Report of the Indian Hemp Drugs Commission, 1894-1895 - Volume III
Year: 1894
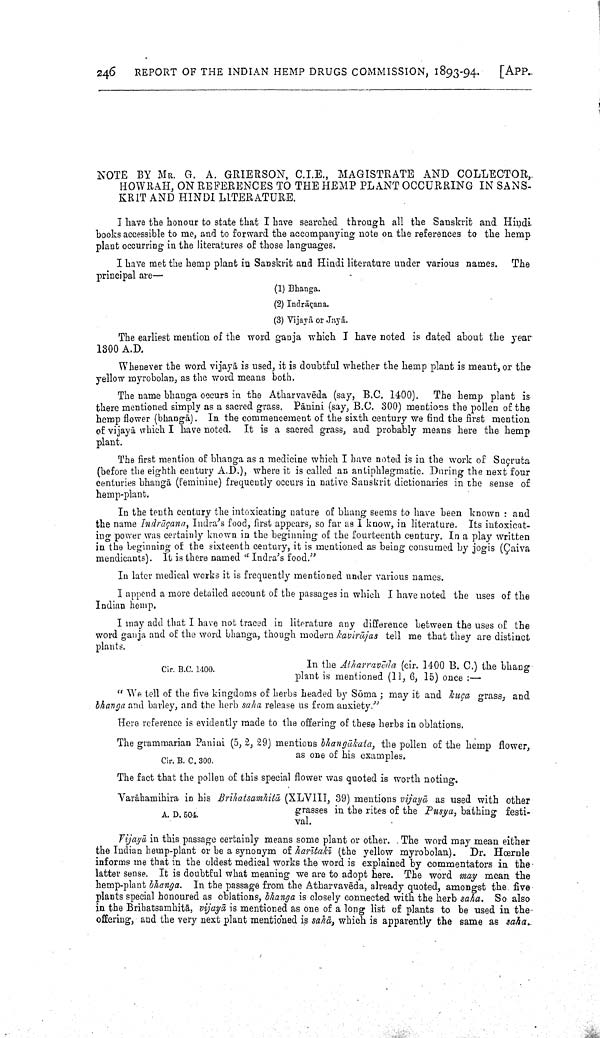
246
REPORT OF THE INDIAN HEMP DRUGS COMMISSION, 1893-94.
[APP.
NOTE BY MR. G. A. GRIERSON, C.I.E., MAGISTRATE AND COLLECTOR,.
HOWRAH, ON REFERENCES TO THE HEMP PLANT OCCURRING IN SANS
KRIT AND HINDI LITERATURE.
I have the honour to state that I have searched through all the Sanskrit and Hindi
books accessible to me, and to forward the accompanying note on the references to the hemp
plant occurring in the literatures of those languages.
I have met the hemp plant in Sanskrit and Hindi literature under various names. The
principal are—
(1) Bhanga.
(2) Indrāçana.
(3) Vijayā or Jayā.
The earliest mention of the word ganja which I have noted is dated about the year
1300 A.D.
Whenever the word vijayā is used, it is doubtful whether the hemp plant is meant, or the
yellow myrobolan, as the word means both.
The name bhanga occurs in the Atharvavēda (say, B.C. 1400). The hemp plant is
there mentioned simply as a sacred grass. Pānini (say, B.C. 300) mentions the pollen of the
hemp flower (bhangā). In the commencement of the sixth century we find the first mention
of vijayā which I have noted. It is a sacred grass, and probably means here the hemp
plant.
The first mention of bhanga as a medicine which I have noted is in the work of Suçruta
(before the eighth century A.D.), where it is called an antiphlegmatic. During the next four
centuries bhangā (feminine) frequently occurs in native Sanskrit dictionaries in the sense of
hemp-plant.
In the tenth century the intoxicating nature of bhang seems to have been known: and
the name Indrāçana, Indra's food, first appears, so far as I know, in literature. Its intoxicat-
ing power was certainly known in the beginning of the fourteenth century. In a play written
in the beginning of the sixteenth century, it is mentioned as being consumed by jogis (Çaiva
mendicants). It is there named "Indra's food."
In later medical works it is frequently mentioned under various names.
I append a more detailed account of the passages in which I have noted the uses of the
Indian hemp.
I may add that I have not traced in literature any difference between the uses of the
word ganja and of the word bhanga, though modern kavirājas tell me that they are distinct
plants.
Cir. B.C. 1400.
In the Atharravēda (cir. 1400 B. C.) the bhang
plant is mentioned (11, 6, 15) once:—
"We tell of the five kingdoms of herbs headed by Sōma; may it and kuça grass, and
bhanga and barley, and the herb saha release us from anxiety."
Here reference is evidently made to the offering of these herbs in oblations.
Cir. B. C. 300.
The grammarian Panini (5, 2, 29) mentions bhangākata, the pollen of the hemp flower,
as one of his examples.
The fact that the pollen of this special flower was quoted is worth noting.
A. D. 504.
Varāhamihira in his Brihatsamhitā (XLVIII, 39) mentions vijayā as used with other
grasses in the rites of the Pusya, bathing festi
val.
Vijayā in this passage certainly means some plant or other. The word may mean either
the Indian hemp-plant or be a synonym of harītakī (the yellow myrobolan). Dr. Hœrnle
informs me that in the oldest medical works the word is explained by commentators in the
latter sense. It is doubtful what meaning we are to adopt here. The word may mean the
hemp-plant bhanga. In the passage from the Atharvavēda, already quoted, amongst the five
plants special honoured as oblations, bhanga is closely connected with the herb saha. So also
in the Brihatsamhitā, vijayā is mentioned as one of a long list of plants to be used in the
offering, and the very next plant mentioned is sahā, which is apparently the same as saha.